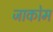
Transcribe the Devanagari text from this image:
जाकोम